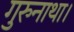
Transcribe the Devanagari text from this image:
गुरुनाथा।